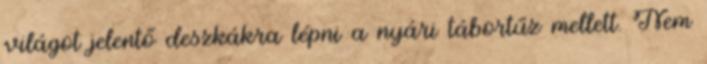
világot jelentő deszkákra lépni a nyári tábortűz mellett. Nem